Newspaper: Lancaster enterprise. [volume]
Place of publication: Lancaster, S.C.
Date: 1900-06-13 00:00:00
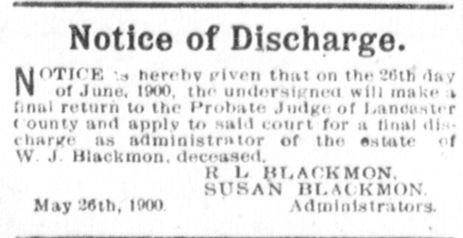
Advertisement text (OCR):
Notice of Discharge. NoTK'E -? hereby riven thut on the Sfltli of Juno, 1900. (In- undersigned will make t final return to the I'robato Judge of l.anottnier ? ounty unit apply to Ml<l court for it haul <11 rliartfe as administrator of the astute <f \V J lilucUinoti. deceased. 1< 1. HI.Af KMON. SUSAN III.At KMON M.ty JSth, U*?t Administrators.
Label: text-only